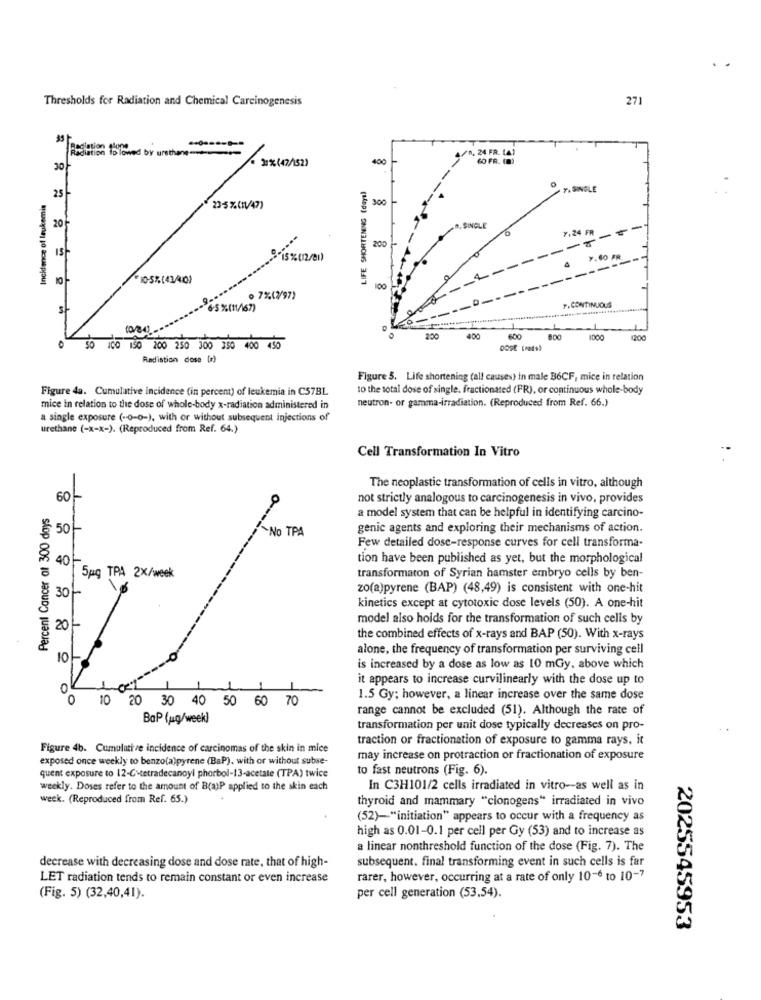
Thresholds for Radiation and Chemical Carcinogenesis
271
Radiation
Io lowed by ursthane.
/0, 24 FR. LA)
31%(47/52)
400
6O FR. (0)
30
25-
LIFE SHORTENING (daya)
Incidence of leukemis
300
23-5%(1/47)
20
7.24 FR
-
15
200
15%(12/01)
100
o 7%(2/97)
F.CONTINUOUS
S
65 %(11/67)
200
400
600
800
1000
50 ICO 150 200 250 300 350 400 456
Radiation dose (r)
Figure 5. Life shortening (all causes) in male B6CF, mice in relation
Figure 4a. Cumulative incidence (in percent) of leukemia in C57BL
to the total dose of single. fractionated (FR), or continuous whole-body
neutron- or gamma-irradiation. (Reproduced from Ref. 66.)
mice in relation to the dose of whole-body x-radiation administered in
a single exposure (-0-0-), with or without subsequent injections of
urethane (-x-x-). (Reproduced from Ref. 64.)
Cell Transformation In Vitro
The neoplastic transformation of cells in vitro, although
60-
-1
o-
not strictly analogous to carcinogenesis in vivo, provides
Percent Cancer at 300 days
a model system that can be helpful in identifying carcino-
$ 50
-No TPA
genic agents and exploring their mechanisms of action.
Few detailed dose-response curves for cell transforma-
40
tion have been published as yet, but the morphological
transformaton of Syrian hamster embryo cells by ben-
5pg TPA 2X/week
30
zo(a)pyrene (BAP) (48,49) is consistent with one-hit
kinetics except at cytotoxic dose levels (50). A one-hit
model also holds for the transformation of such cells by
20 -
the combined effects of x-rays and BAP (50). With x-rays
alone, the frequency of transformation per surviving cell
10
is increased by a dose as low as 10 mGy, above which
it appears to increase curvilinearly with the dose up to
0
0
10 20 30 40 50 60 70
1.5 Gy; however, a linear increase over the same dose
range cannot be excluded (51). Although the rate of
BaP (ug/week)
transformation per unit dose typically decreases on pro-
traction or fractionation of exposure to gamma rays, it
Figure 4b. Cumulative incidence of carcinomas of the skin in mice
exposed once weekly to benzo(a)pyrene (BaP), with or without subse-
may increase on protraction or fractionation of exposure
quent exposure to 12-G-tetradecanoyl phorbol-13-acetate (TPA) twice
to fast neutrons (Fig. 6).
weekly. Doses refer to the amount of B(a)P applied to the skin each
In C3H101/2 cells irradiated in vitro-as well as in
week. (Reproduced from Ref. 65.)
thyroid and mammary "cionogens" irradiated in vivo
(52)-"initiation" appears to occur with a frequency as
high as 0.01-0.1 per cell per Gy (53) and to increase as
a linear nonthreshold function of the dose (Fig. 7). The
subsequent. final transforming event in such cells is far
decrease with decreasing dose and dose rate, that of high-
LET radiation tends to remain constant or even increase
rarer, however, occurring at a rate of only 10-6 to 10-7
(Fig. 5) (32,40,41).
per cell generation (53,54).
2025545953